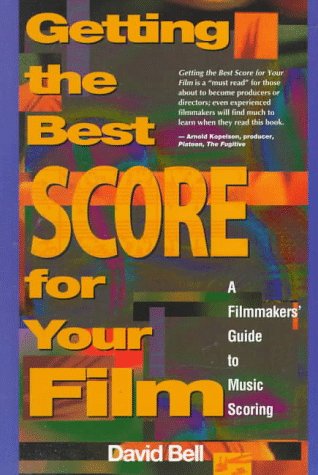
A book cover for Getting the Best Score for Your Film: A Filmmakers' Guide to Music Scoring; David A. Bell; Humor & Entertainment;